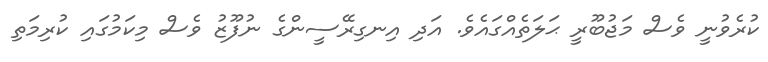
ކުރެވުނީ ވެސް މަޖުބޫރީ ޙަލަތެއްގައެވެ. އަދި އިނގިރޭސީންގެ ނުފޫޒު ވެސް މިކަމުގައި ކުރިމަތި